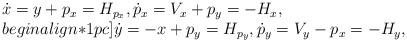
LaTeX: \begin{align*}\begin{array}{l}\displaystyle \dot x= y+ p_x = H_{p_x}, \dot p_x= V_x+ p_y= -H_x ,\\begin{align*}1pc]\displaystyle \dot y= -x+ p_y= H_{p_y}, \dot p_y= V_y- p_x= -H_y,\end{array}\end{align*}